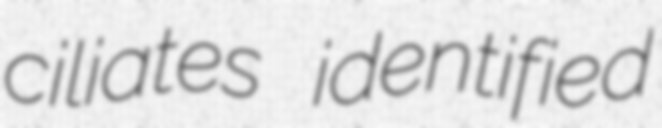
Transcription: ciliates identified